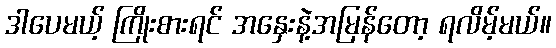
ဒါပေမယ့် ကြိုးစားရင် အနှေးနဲ့အမြန်တော့ ရလိမ့်မယ်။